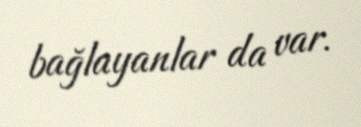
bağlayanlar da var.